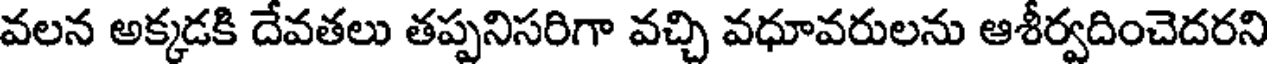
వలన అక్కడకి దేవతలు తప్పనిసరిగా వచ్చి వధూవరులను ఆశీర్వదించెదరని